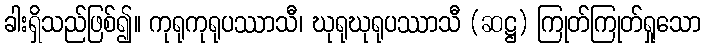
ခါးရှိသည်ဖြစ်၍။ ကုရုကုရုပဿာသီ၊ ဃုရုဃုရုပဿာသီ (ဆဋ္ဌ) ကြုတ်ကြုတ်ရှုသော